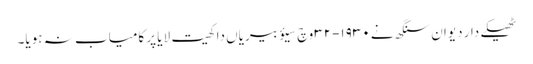
ٹھیکے دار دیوان سنگھ نے ١٩٣٠-٣٢ وچ سیؤ بیریاں دا کھیت لایا پر کامیاب نہ ہویا۔